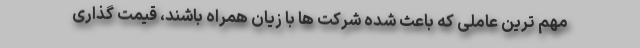
مهم ترین عاملی که باعث شده شرکت ها با زیان همراه باشند، قیمت گذاری